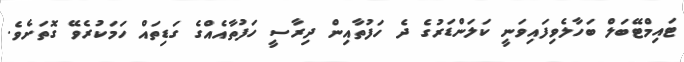
ޓައިމްޓޭބަލް ބަހާލެވިފައިވަނީ ކަލަންޑަރުގެ ދެ ހަފުތާއިން ދިރާސީ ހަފުތާއެއްގެ ގަޑިތައް ހަމަކުރެވޭ ގޮތަށެވެ.